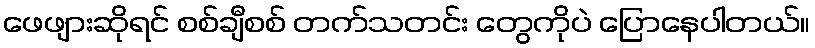
ဖေဖျားဆိုရင် စစ်ချီစစ် တက်သတင်း တွေကိုပဲ ပြောနေပါတယ်။